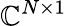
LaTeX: \mathbb{C}^{N\times 1}